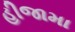
હીજામા